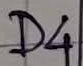
Text: D4